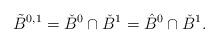
LaTeX: \begin{align*} \tilde{B}^{0,1}=\check{B}^0\cap\check{B}^1=\hat{B}^0\cap\check{B}^1.\end{align*}